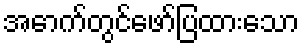
အောက်တွင်ဖော်ပြထားသော